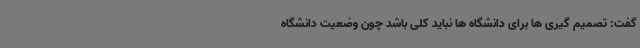
گفت: تصمیم گیری ها برای دانشگاه ها نباید کلی باشد چون وضعیت دانشگاه